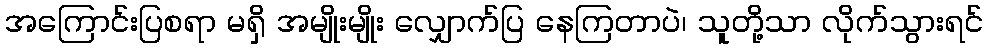
အကြောင်းပြစရာ မရှိ အမျိုးမျိုး လျှောက်ပြ နေကြတာပဲ၊ သူတို့သာ လိုက်သွားရင်